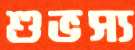
শুভস্য